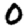
Digit: 0